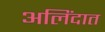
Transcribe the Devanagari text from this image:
अलिंदात